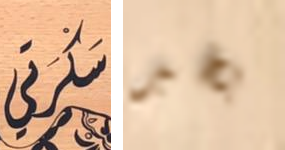
سكرتي بخير